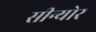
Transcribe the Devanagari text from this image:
सीन्योर